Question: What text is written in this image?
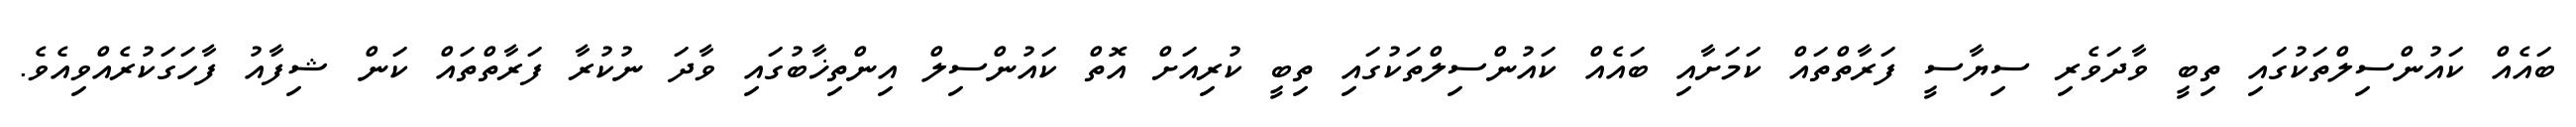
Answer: ބައެއް ކައުންސިލްތަކުގައި ތިބީ ވާދަވެރި ސިޔާސީ ފަރާތްތައް ކަމަށާއި ބައެއް ކައުންސިލްތަކުގައި ތިބީ ކުރިއަށް އޮތް ކައުންސިލް އިންތިޚާބުގައި ވާދަ ނުކުރާ ފަރާތްތައް ކަން ޝިފާއު ފާހަގަކުރެއްވިއެވެ.